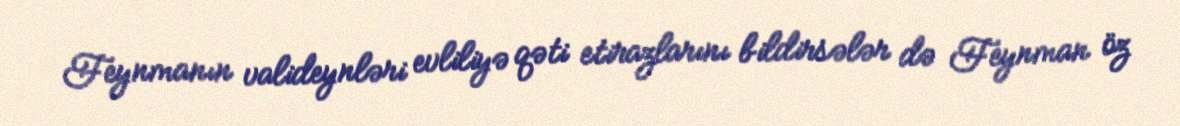
Feynmanın valideynləri evliliyə qəti etirazlarını bildirsələr də Feynman öz